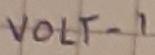
Text: volt-1